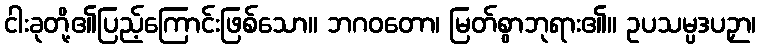
ငါးခုတို့၏ပြည့်ကြောင်းဖြစ်သော။ ဘဂဝတော၊ မြတ်စွာဘုရား၏။ ဥပသမ္ပဒပဉှာ၊